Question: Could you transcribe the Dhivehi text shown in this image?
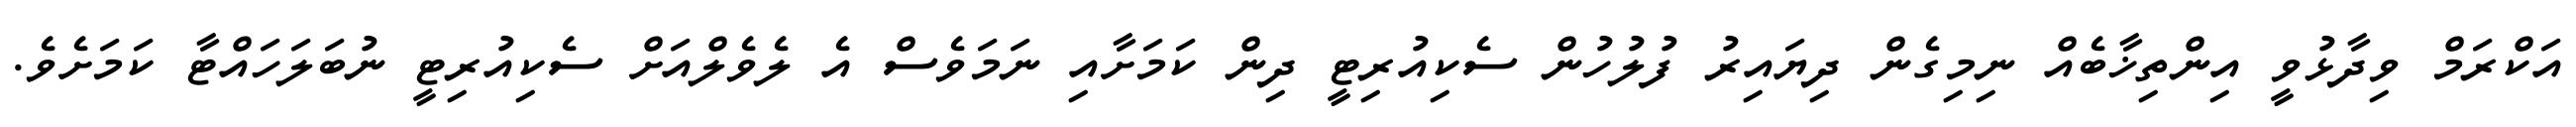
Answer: އަކްރަމް ވިދާޅުވީ އިންތިޚާބެއް ނިމިގެން ދިޔައިރު ފުލުހުން ސެކިއުރިޓީ ދިން ކަމަށާއި ނަމަވެސް އެ ލެވެލްއަށް ސެކިއުރިޓީ ނުބަލަހައްޓާ ކަމަށެވެ.